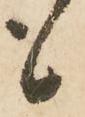
も